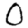
Digit: 0